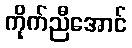
ကိုက်ညီအောင်